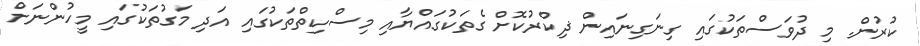
ކުރުން. މި ދުވަސްތަކުގައި ގިނަގިނައިން ޛިކްރުކޮށް ގެތަކުގައްޔާއި މިސްކިތްތަކުގައި އަދި މަގުތަކުގައި މީހުންނަށް